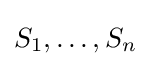
S_{1},\ldots ,S_{n}